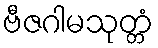
ဗီဇဂါမသုတ္တံ